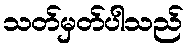
သတ်မှတ်ပါသည်